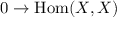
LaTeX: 0 \to \operatorname { H o m } ( X , X )